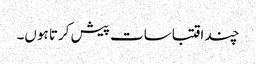
چند اقتباسات پیش کرتا ہوں۔